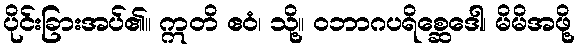
ပိုင်းခြားအပ်၏။ ဣတိ ဧဝံ၊ သို့။ ဝဘာဂပရိစ္ဆေဒေါ၊ မိမိအဖို့